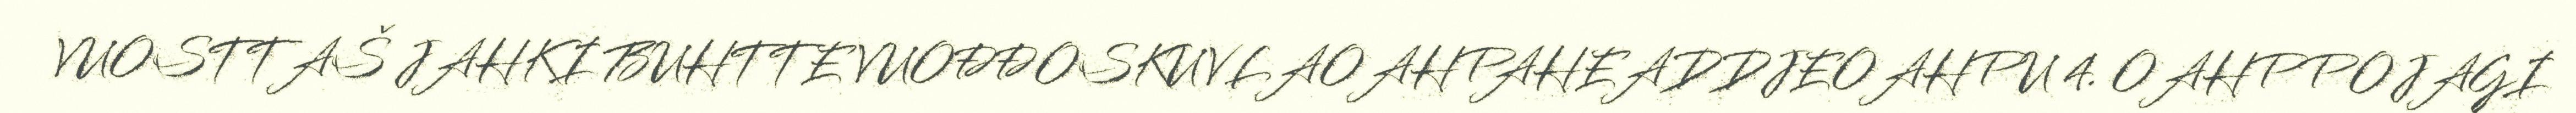
VUOSTTAŠ JAHKI BUHTTE VUOĐĐOSKUVLAOAHPAHEADDJEOAHPU 4. OAHPPOJAGI